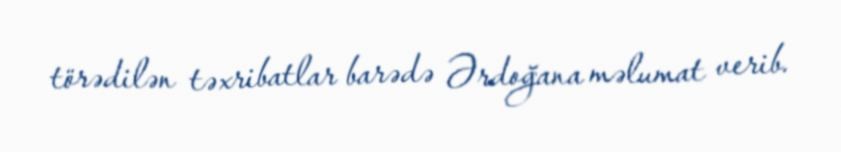
törədilən təxribatlar barədə Ərdoğana məlumat verib.